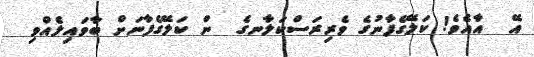
އޭ  އާއެވެ! ކަލޭގެފާނުގެ ވެރިރަސްކަލާނގެ  ން ކަލޭގެފާނަށް ބާވައިލެއްވި